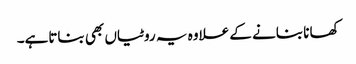
کھانا بنانے کے علاوہ یہ روٹیاں بھی بناتاہے۔